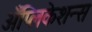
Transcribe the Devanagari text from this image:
अँप्लिकेशन्स